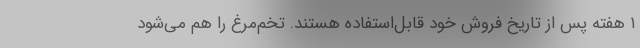
۱ هفته پس از تاریخ فروش خود قابل‌استفاده هستند. تخم‌مرغ را هم می‌شود